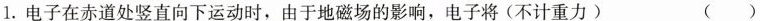
1.电子在赤道处竖直向下运动时，由于地磁场的影响，电子将(不计重力) ( )